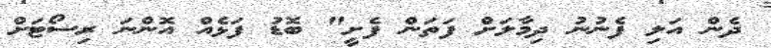
ދެން އަލި ފެނުނު ދިމާލަށް ފަތަން ފެށީ" ބޮޑު ފަޅެއް އޮންނަ ރިސޯޓަށް